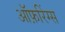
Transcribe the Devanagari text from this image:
ऑफ़रिंग्स